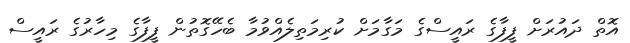
އޮތް ދައުރަށް ފީފާގެ ރައީސްގެ މަގާމަށް ކުރިމަތިލެއްވުމާ ބެހޭގޮތުން ފީފާގެ މިހާރުގެ ރައީސް